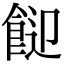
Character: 𩛓